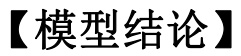
【模型结论】